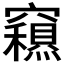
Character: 𥨽